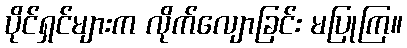
ပိုင်ရှင်များက လိုက်လျောခြင်း မပြုကြ။